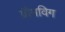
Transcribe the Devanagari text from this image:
ग्रीमविग